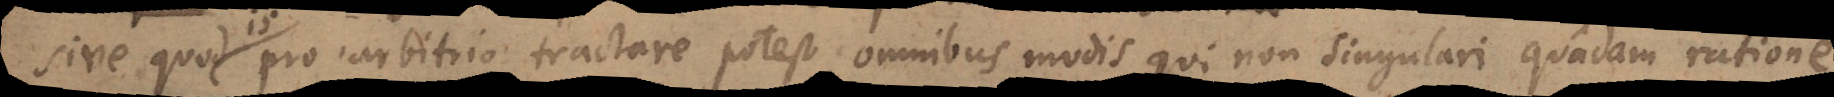
sive quod pro arbitrio tractare potest omnibus modis qui non expresse singulari quadam